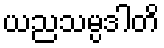
ယညသမ္ပဒါတိ